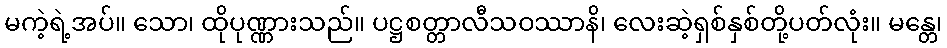
မကဲ့ရဲ့အပ်။ သော၊ ထိုပုဏ္ဏားသည်။ ပဋ္ဌစတ္တာလီသဝဿာနိ၊ လေးဆဲ့ရှစ်နှစ်တို့ပတ်လုံး။ မန္တေ၊